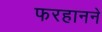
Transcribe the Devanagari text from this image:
फरहानने